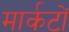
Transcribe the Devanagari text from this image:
मार्कटों